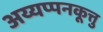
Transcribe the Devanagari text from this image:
अय्यप्पनकूत्तु